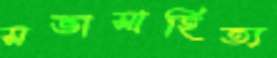
সভাসাহিত্য